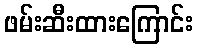
ဖမ်းဆီးထားကြောင်း